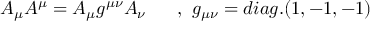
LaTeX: A _ { \mu } A ^ { \mu } = A _ { \mu } g ^ { \mu \nu } A _ { \nu } ~ ~ ~ ~ ~ , ~ g _ { \mu \nu } = d i a g . ( 1 , - 1 , - 1 )